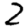
Digit: 2